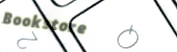
Bookstore